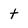
Character: t